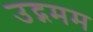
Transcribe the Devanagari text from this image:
उद्गमम